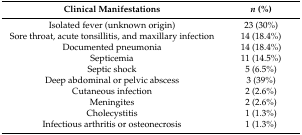
<table><thead><tr><td><b>Clinical Manifestations </b></td><td><b><i>n</i> (%)</b></td></tr></thead><tbody><tr><td>Isolated fever (unknown origin)</td><td>23 (30%)</td></tr><tr><td>Sore throat, acute tonsillitis, and maxillary infection</td><td>14 (18.4%)</td></tr><tr><td>Documented pneumonia</td><td>14 (18.4%)</td></tr><tr><td>Septicemia</td><td>11 (14.5%)</td></tr><tr><td>Septic shock</td><td>5 (6.5%)</td></tr><tr><td>Deep abdominal or pelvic abscess</td><td>3 (39%)</td></tr><tr><td>Cutaneous infection</td><td>2 (2.6%)</td></tr><tr><td>Meningites</td><td>2 (2.6%)</td></tr><tr><td>Cholecystitis</td><td>1 (1.3%)</td></tr><tr><td>Infectious arthritis or osteonecrosis</td><td>1 (1.3%)</td></tr></tbody></table>